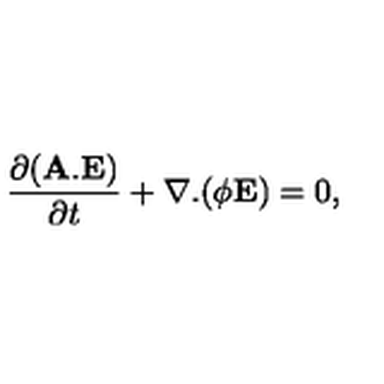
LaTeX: \frac { \partial ( { \bf A } . { \bf E } ) } { \partial t } + \nabla . ( \phi { \bf E } ) = 0 ,